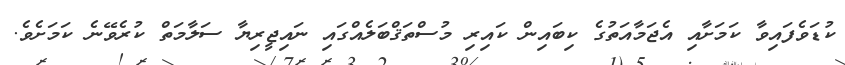
ކުޑަވެފައިވާ ކަމަށާއި އެޖަމާއަތުގެ ކިބައިން ކައިރި މުސްތަޤްބަލެއްގައި ނައިޖީރިޔާ ސަލާމަތް ކުރެވޭނެ ކަަމަށެވެ.